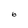
Character: 6